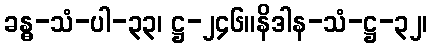
ခန္ဓ-သံ-ပါ-၃၃၊ ဋ္ဌ-၂၄၆။နိဒါန-သံ-ဋ္ဌ-၃၂၊